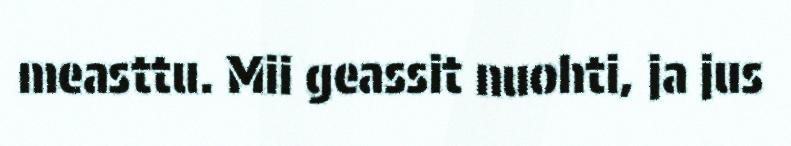
measttu. Mii geassit nuohti, ja jus